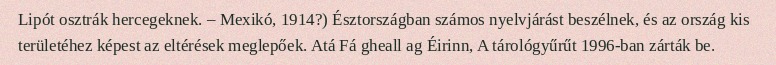
Lipót osztrák hercegeknek. – Mexikó, 1914?) Észtországban számos nyelvjárást beszélnek, és az ország kis területéhez képest az eltérések meglepőek. Atá Fá gheall ag Éirinn, A tárológyűrűt 1996-ban zárták be.